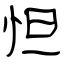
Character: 怛